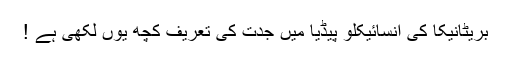
بریٹانیکا کی انسائیکلو پیڈیا میں جدت کی تعریف کچھ یوں لکھی ہے !